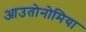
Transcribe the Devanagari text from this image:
आउतोनोमिया